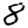
Digit: 8